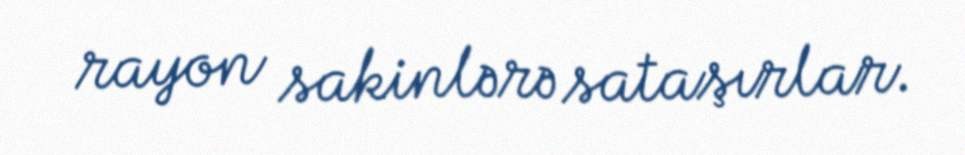
rayon sakinlərə sataşırlar.